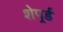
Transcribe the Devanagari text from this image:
शेपर्र्ड